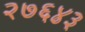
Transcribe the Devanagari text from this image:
२७६४३